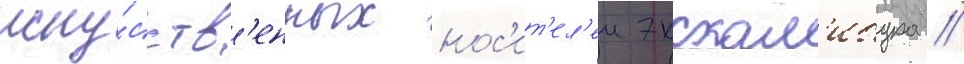
иску́сств'енных нос'ит'ел'еи экскал'ибура //